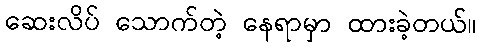
ဆေးလိပ် သောက်တဲ့ နေရာမှာ ထားခဲ့တယ်။